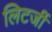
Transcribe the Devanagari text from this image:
लिटर्जी